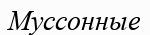
Муссонные